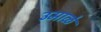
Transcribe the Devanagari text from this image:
उमाळे